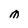
Character: M